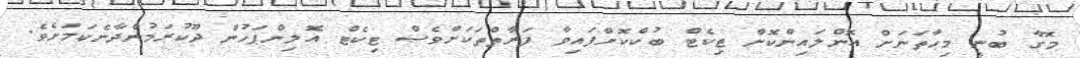
މޮގާ ބުނީ މިހާތަނަށް އޮންލައިންކޮށް ޓިކެޓް ބުކްކޮށްފައިވާ ފަރާތްތަކަށްވެސް ޓިކެޓް އޮލިންޕަހުން ދޫކުރަމުންދާނެކަމަށެވެ.